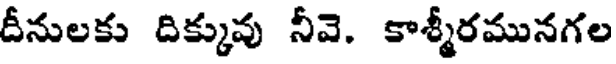
దీనులకు దిక్కువు నీవె. కాశ్మీరమునగల